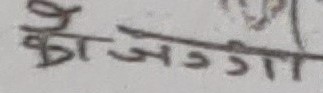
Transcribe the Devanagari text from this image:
कै जग्गी